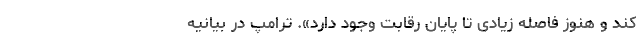
کند و هنوز فاصله زیادی تا پایان رقابت وجود دارد». ترامپ در بیانیه